Indian journal of veterinary science and animal husbandry - Volume 9,
Year: 1939
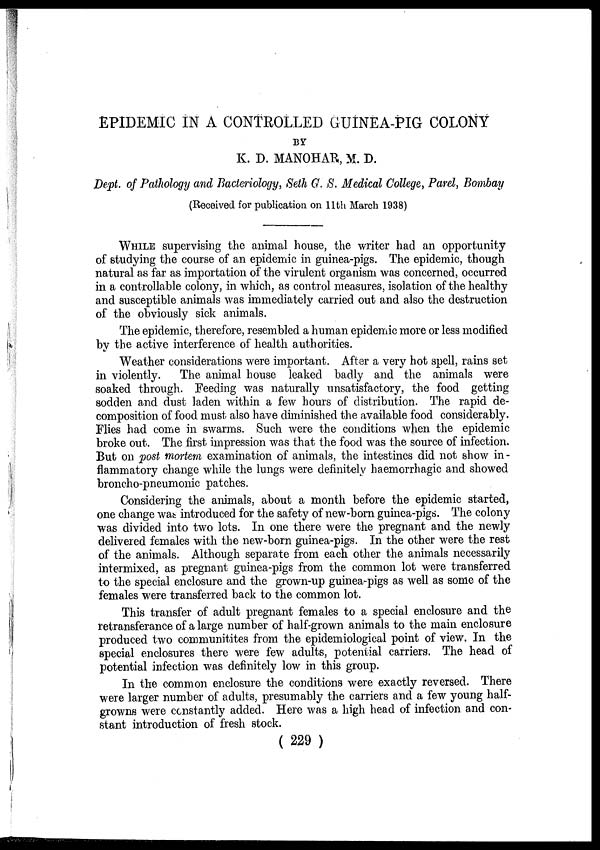
EPIDEMIC IN A CONTROLLED GUINEA-PIG COLONY
BY
K. D. MANOHAR, M. D.
Dept. of Pathology and Bacteriology, Seth G. S. Medical College, Parel, Bombay
(Received for publication on 11th March 1938)
WHILE supervising the animal house, the writer had an opportunity
of studying the course of an epidemic in guinea-pigs. The epidemic, though
natural as far as importation of the virulent organism was concerned, occurred
in a controllable colony, in which, as control measures, isolation of the healthy
and susceptible animals was immediately carried out and also the destruction
of the obviously sick animals.
The epidemic, therefore, resembled a human epidemic more or less modified
by the active interference of health authorities.
Weather considerations were important. After a very hot spell, rains set
in violently.
The animal house leaked badly and the animals were
soaked through. Feeding was naturally unsatisfactory, the food getting
sodden and dust laden within a few hours of distribution. The rapid de-
composition of food must also have diminished the available food considerably.
Flies had come in swarms. Such were the conditions when the epidemic
broke out. The first impression was that the food was the source of infection.
But on post mortem examination of animals, the intestines did not show in-
flammatory change while the lungs were definitely haemorrhagic and showed
broncho-pneumonic patches.
Considering the animals, about a month before the epidemic started,
one change was introduced for the safety of new-born guinea-pigs. The colony
was divided into two lots. In one there were the pregnant and the newly
delivered females with the new-born guinea-pigs. In the other were the rest
of the animals. Although separate from each other the animals necessarily
intermixed, as pregnant guinea-pigs from the common lot were transferred
to the special enclosure and the grown-up guinea-pigs as well as some of the
females were transferred back to the common lot.
This transfer of adult pregnant females to a special enclosure and the
retransferance of a large number of half-grown animals to the main enclosure
produced two communitites from the epidemiological point of view. In the
special enclosures there were few adults, potential carriers. The head of
potential infection was definitely low in this group.
In the common enclosure the conditions were exactly reversed. There
were larger number of adults, presumably the carriers and a few young half-
growns were constantly added. Here was a high head of infection and con-
stant introduction of fresh stock.
( 229 )